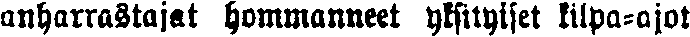
anharrastajat hommanneet yksityiset kilpa-ajot